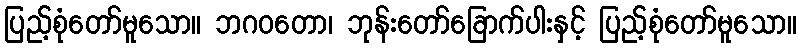
ပြည့်စုံတော်မူသော။ ဘဂဝတော၊ ဘုန်းတော်ခြောက်ပါးနှင့် ပြည့်စုံတော်မူသော။